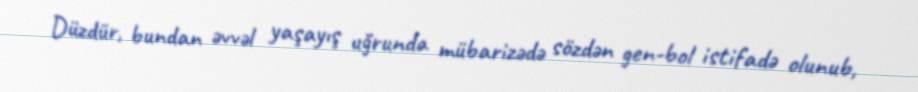
Düzdür, bundan əvvəl yaşayış uğrunda mübarizədə sözdən gen-bol istifadə olunub,